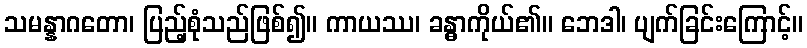
သမန္နာဂတော၊ ပြည့်စုံသည်ဖြစ်၍။ ကာယဿ၊ ခန္ဓာကိုယ်၏။ ဘေဒါ၊ ပျက်ခြင်းကြောင့်။